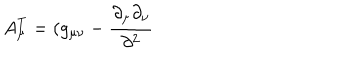
A _ { \mu } ^ { T } = ( g _ { \mu \nu } - \frac { \partial _ { \mu } \partial _ { \nu } } { \partial ^ { 2 } }